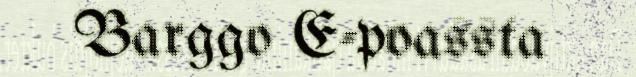
Barggo E-poassta